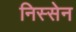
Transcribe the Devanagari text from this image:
निस्सेन